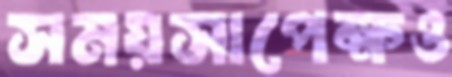
সময়সাপেক্ষও